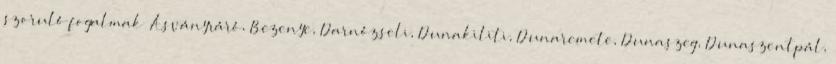
szoruló fogalmak ▪Ásványráró, Bezenye, Darnózseli, Dunakiliti, Dunaremete, Dunaszeg, Dunaszentpál,